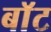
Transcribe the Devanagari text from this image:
बाॅट